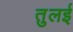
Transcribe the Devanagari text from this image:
तुलई